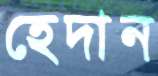
হেদান